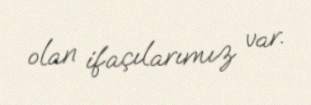
olan ifaçılarımız var.